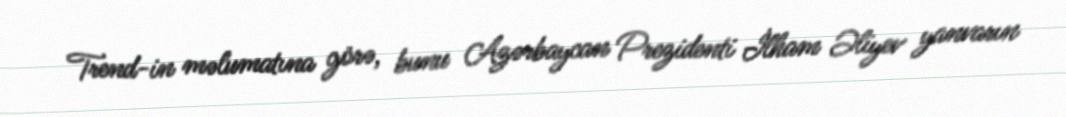
Trend-in məlumatına görə, bunu Azərbaycan Prezidenti İlham Əliyev yanvarın